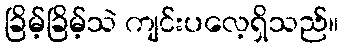
ခြိမ့်ခြိမ့်သဲ ကျင်းပလေ့ရှိသည်။